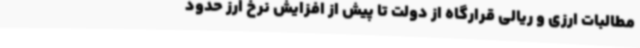
مطالبات ارزی و ریالی قرارگاه از دولت تا پیش از افزایش نرخ ارز حدود